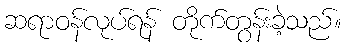
ဆရာဝန်လုပ်ရန် တိုက်တွန်းခဲ့သည်။